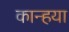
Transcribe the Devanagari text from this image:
कान्हया